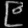
Digit: ၉